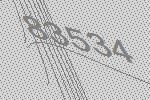
83534